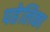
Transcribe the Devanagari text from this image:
पहेलिका